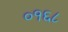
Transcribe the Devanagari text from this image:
०१६८